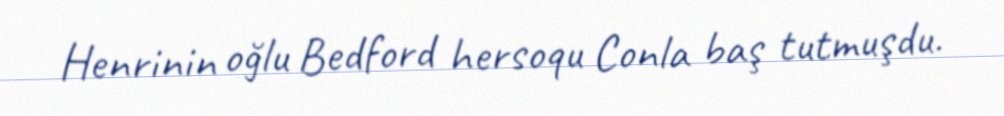
Henrinin oğlu Bedford hersoqu Conla baş tutmuşdu.